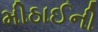
મીઠાઈની